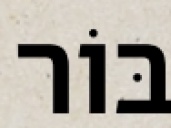
בּוֹר